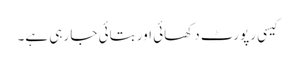
کیسی رپورٹ دکھائی اور بتائی جا رہی ہے۔